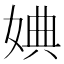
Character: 婰